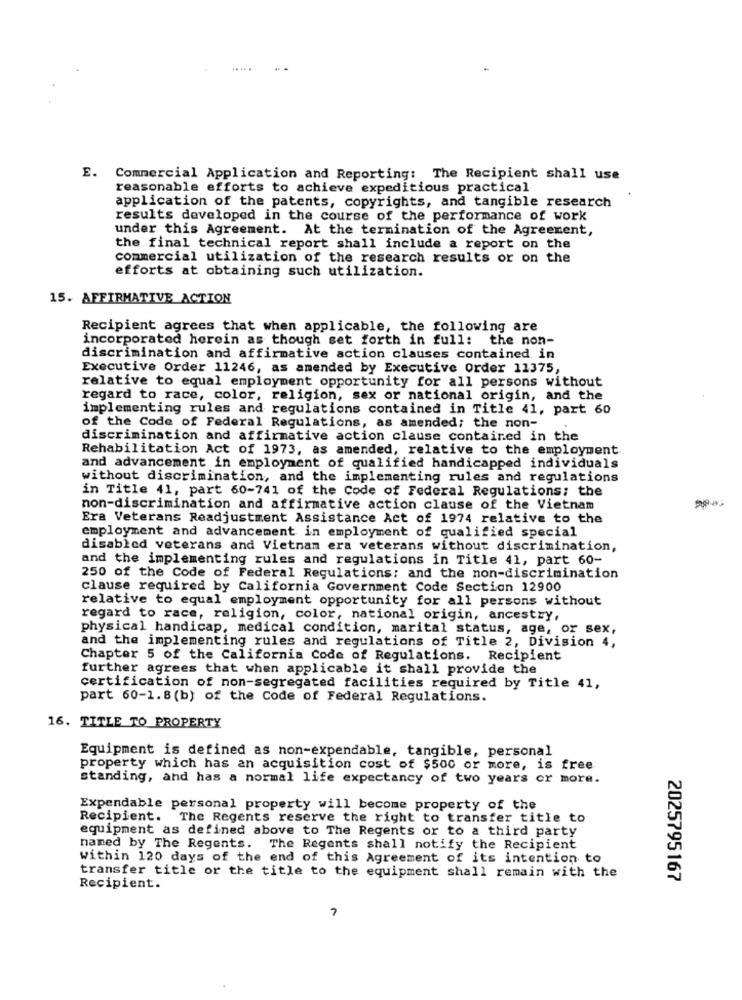
.....
E. Commercial Application and Reporting: The Recipient shall use
reasonable efforts to achieve expeditious practical
application of the patents, copyrights, and tangible research
results developed in the course of the performance of work
under this Agreement. At the termination of the Agreement,
the final technical report shall include a report on the
commercial utilization of the research results or on the
efforts at obtaining such utilization.
15. AFFIRMATIVE ACTION
Recipient agrees that when applicable, the following are
incorporated herein as though set forth in full: the non-
discrimination and affirmative action clauses contained in
Executive Order 11246, as amended by Executive Order 11375,
relative to equal employment opportunity for all persons without
regard to race, color, religion, sex or national origin, and the
implementing rules and regulations contained in Title 41, part 60
of the Code of Federal Regulations, as amended; the non-
discrimination and affirmative action clause contained in the
Rehabilitation Act of 1973, as amended, relative to the employment
and advancement in employment of qualified handicapped individuals
without discrimination, and the implementing rules and regulations
in Title 41, part 60-741 of the Code of Federal Regulations: the
non-discrimination and affirmative action clause of the Vietnam
Era Veterans Readjustment Assistance Act of 1974 relative to the
employment and advancement in employment of qualified special
disabled veterans and Vietnam era veterans without discrimination,
and the implementing rules and regulations in Title 41, part 60-
250 of the Code of Federal Regulations: and the non-discrimination
clause required by California Government Code Section 12900
relative to equal employment opportunity for all persons without
regard to race, religion, color, national origin, ancestry,
physical handicap, medical condition, marital status, age, or sex,
and the implementing rules and regulations of Title 2, Division 4,
Chapter 5 of the California Code of Regulations. Recipient
further agrees that when applicable it shall provide the
certification of non-segregated facilities required by Title 41,
part 60-1.8 (b) of the Code of Federal Regulations.
16. TITLE TO PROPERTY
Equipment is defined as non-expendable, tangible, personal
property which has an acquisition cost of $500 or more, is free
standing, and has a normal life expectancy of two years or more.
Expendable personal property will become property of the
Recipient. The Regents reserve the right to transfer title to
equipment as defined above to The Regents or to a third party
named by The Regents. The Regents shall notify the Recipient
within 120 days of the end of this Agreement of its intention to
transfer title or the title to the equipment shall remain with the
2025795167
Recipient.
7